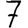
Digit: 7